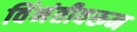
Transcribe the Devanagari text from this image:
विंनंतीवरून